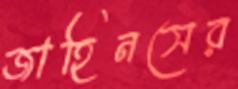
জাহিনসের